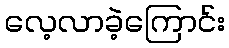
လေ့လာခဲ့ကြောင်း